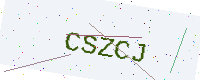
Text: CSZCJ